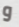
و